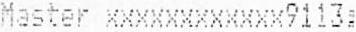
MASTER XXXXXXXXXXXX9113: